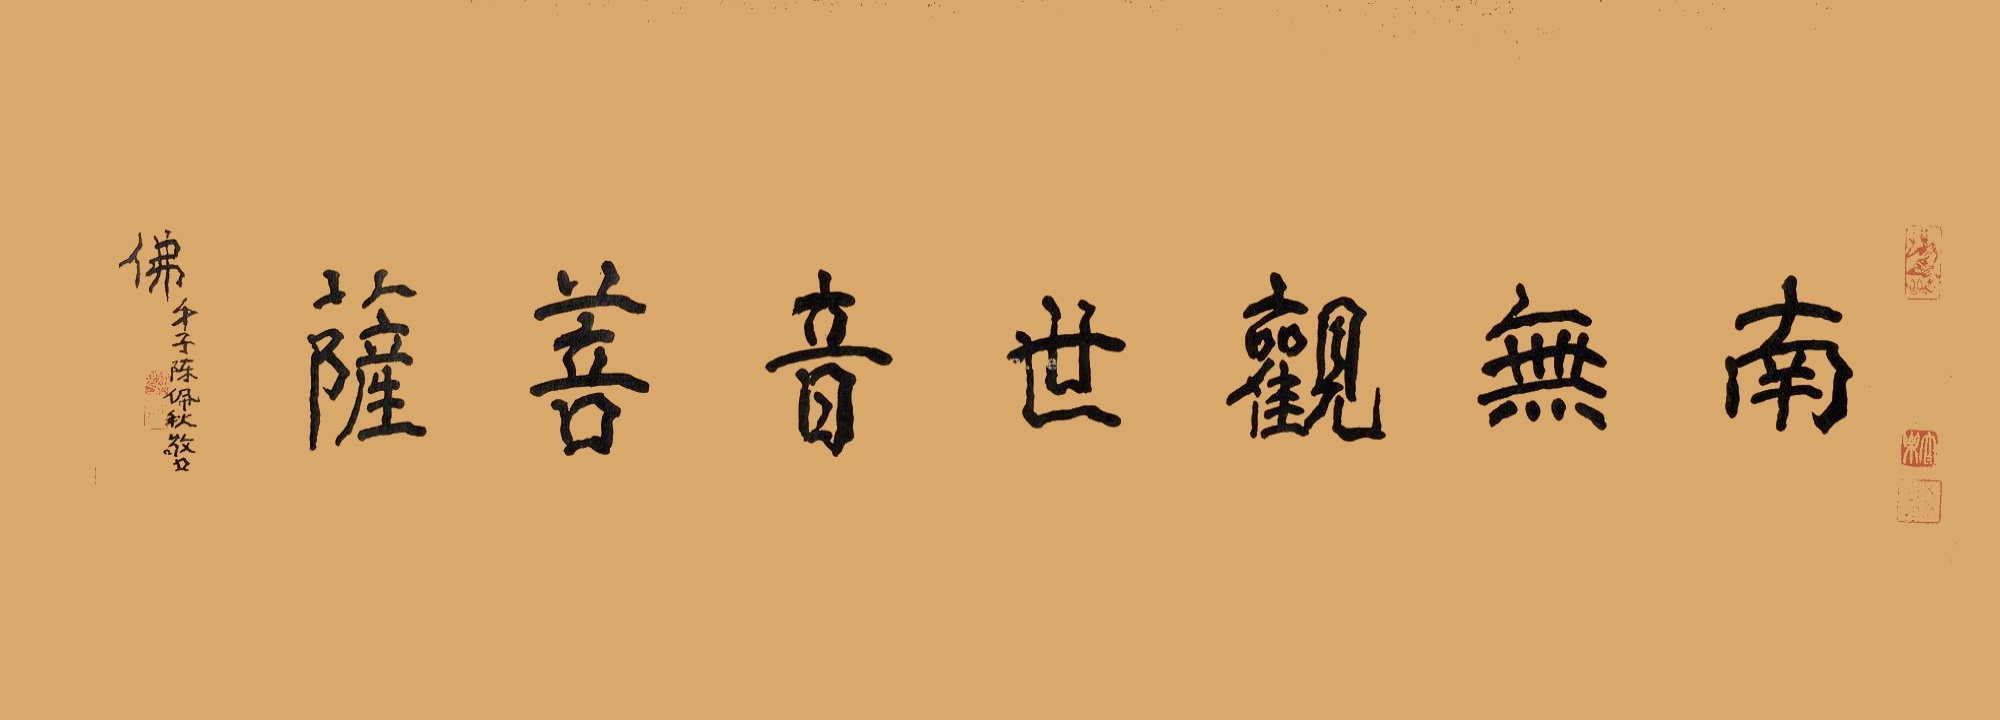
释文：南无观世音菩萨。佛弟子陈佩秋敬书。